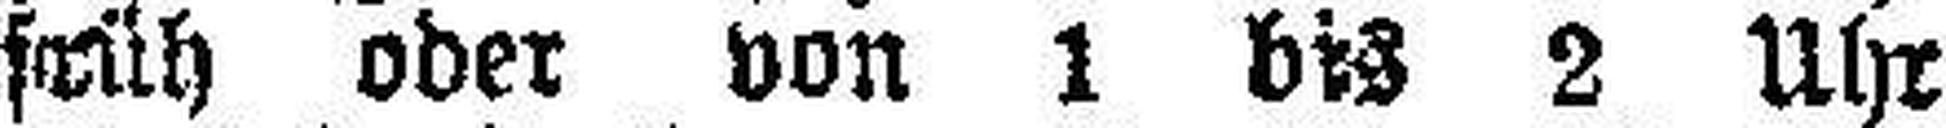
früh oder von 1 bis 2 Uhr